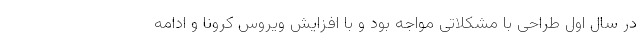
در سال اول طراحی با مشکلاتی مواجه بود و با افزایش ویروس کرونا و ادامه